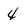
Character: 4